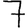
Digit: 7